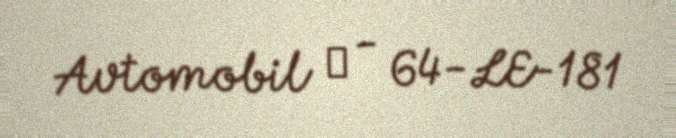
Avtomobil № - 64-LE-181